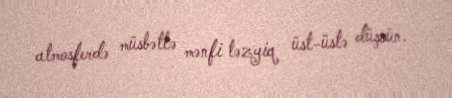
atmosferdə müsbətlə mənfi təzyiq üst-üstə düşsün.